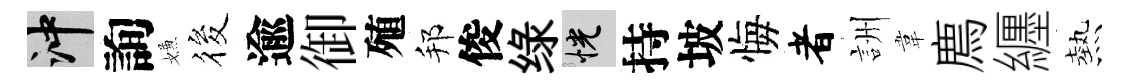
冲詢嫌筱逾御殖邦俊绿恍持坡悔者詶韋廌纒熱